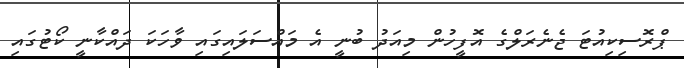
ޕްރޮސިކިއުޓަ ޖެނެރަލްގެ އޮފީހުން މިއަދު ބުނީ އެ މައްސަލައިގައި ވާހަކަ ދައްކާނީ ކޯޓުގައި